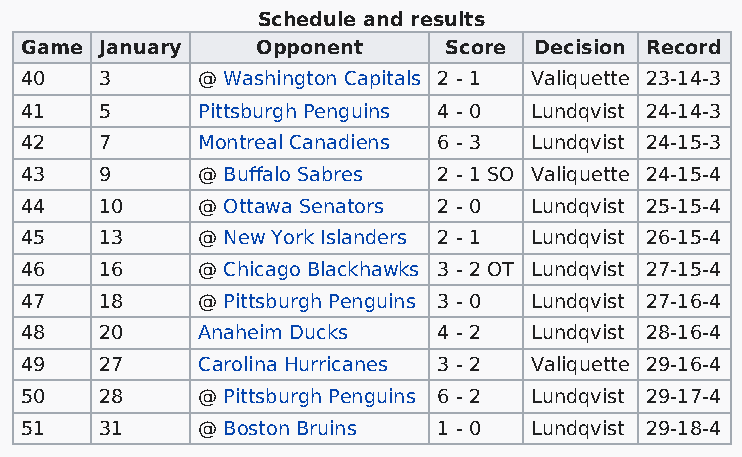
Schedule and results
 Game  January   Opponent    Score Decision Record
 40    3     @ Washington Capitals 2 - 1 Valiquette 23-14-3
 41    5     Pittsburgh Penguins 4 - 0 Lundqvist 24-14-3
 42    7     Montreal Canadiens 6 - 3 Lundqvist 24-15-3
 43    9     @ Buffalo Sabres 2 - 1 SO Valiquette 24-15-4
 44    10    @ Ottawa Senators 2 - 0 Lundqvist 25-15-4
 45    13    @ New York Islanders 2 - 1 Lundqvist 26-15-4
 46    16    @ Chicago Blackhawks 3 - 2 OT Lundqvist 27-15-4
 47    18    @ Pittsburgh Penguins 3 - 0 Lundqvist 27-16-4
 48    20    Anaheim Ducks   4 - 2 Lundqvist 28-16-4
 49    27    Carolina Hurricanes 3 - 2 Valiquette 29-16-4
 50    28    @ Pittsburgh Penguins 6 - 2 Lundqvist 29-17-4
 51    31    @ Boston Bruins 1 - 0 Lundqvist 29-18-4